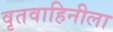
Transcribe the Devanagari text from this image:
वृतवाहिनीला